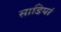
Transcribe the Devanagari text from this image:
साडियां